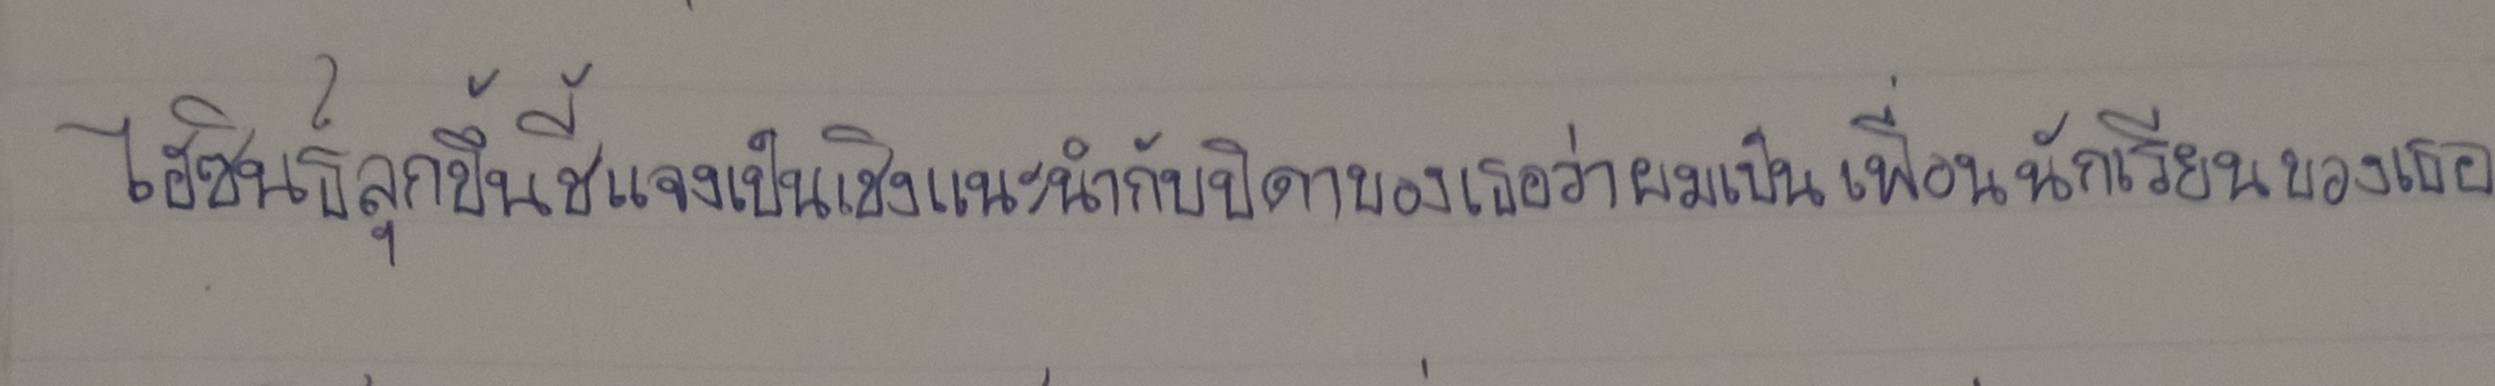
ไฮซินธ์ลุกขึ้นชี้แจงเป็นเชิงแนะนำกับบิดาของเธอว่าผมเป็นเพื่อนนักเรียนของเธอ